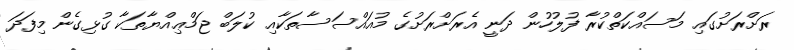
ރަށްރަށުގައި މަސައްކަތްކުރާ ފުލުހުން ދަނީ އެރަށްރަށުގެ މުއައްސަސާތަކާއި ކުލަބް ޖަމްޢިއްޔާތަކާ ގުޅިގެން މިފަދަ